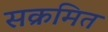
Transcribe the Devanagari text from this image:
सक्रमित